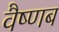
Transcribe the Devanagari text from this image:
वैष्णब